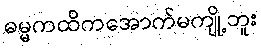
ဓမ္မကထိကအောက်မကျို့ဘူး